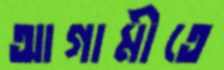
আগামীতে